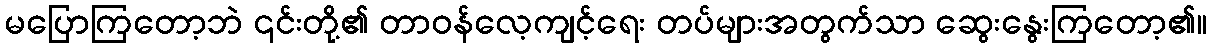
မပြောကြတော့ဘဲ ၎င်းတို့၏ တာဝန်လေ့ကျင့်ရေး တပ်များအတွက်သာ ဆွေးနွေးကြတော့၏။